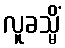
လူခသ္မိံ